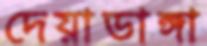
দেয়াডাঙ্গা